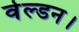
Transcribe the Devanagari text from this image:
वेल्डन।